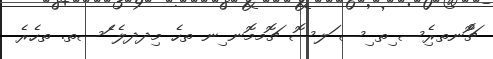
ޗޮުނތރިެސ ިތ ިސ ަލސޮ ޗޮމމޮނ ިނ ތހެ މިދދލެ ެަސތ. ތހެރެ